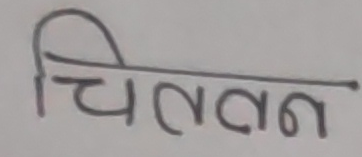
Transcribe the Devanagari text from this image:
चितवन